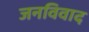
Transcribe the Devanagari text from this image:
जनविवाद